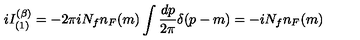
i I _ { ( 1 ) } ^ { ( \beta ) } = - 2 \pi i N _ { f } n _ { F } ( m ) \int { \frac { d p } { 2 \pi } } \delta ( p - m ) = - i N _ { f } n _ { F } ( m )